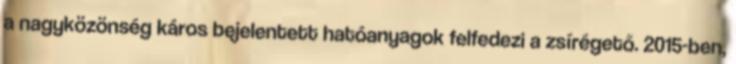
a nagyközönség káros bejelentett hatóanyagok felfedezi a zsírégető. 2015-ben,